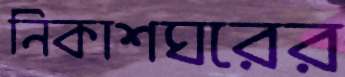
নিকাশঘরের